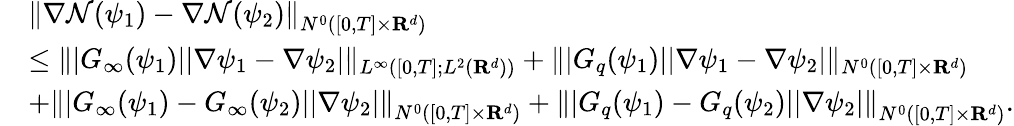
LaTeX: \begin{array}{rl}&{\left\| \nabla\mathcal{N}(\psi_{1})-\nabla\mathcal{N}(\psi_{2})\right\| _{N^{0}([0,T]\times{\mathbf R}^{d})}}\\ &{\leq\| |G_{\infty}(\psi_{1})||\nabla\psi_{1}-\nabla\psi_{2}|\| _{L^{\infty}([0,T];L^{2}({\mathbf R}^{d}))}+\| |G_{q}(\psi_{1})||\nabla\psi_{1}-\nabla\psi_{2}|\| _{N^{0}([0,T]\times{\mathbf R}^{d})}}\\ &{+\left\| |G_{\infty}(\psi_{1})-G_{\infty}(\psi_{2})||\nabla\psi_{2}|\right\| _{N^{0}([0,T]\times{\mathbf R}^{d})}+\left\| |G_{q}(\psi_{1})-G_{q}(\psi_{2})||\nabla\psi_{2}|\right\| _{N^{0}([0,T]\times{\mathbf R}^{d})}.}\end{array}